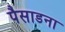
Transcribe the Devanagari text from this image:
पैसाडना